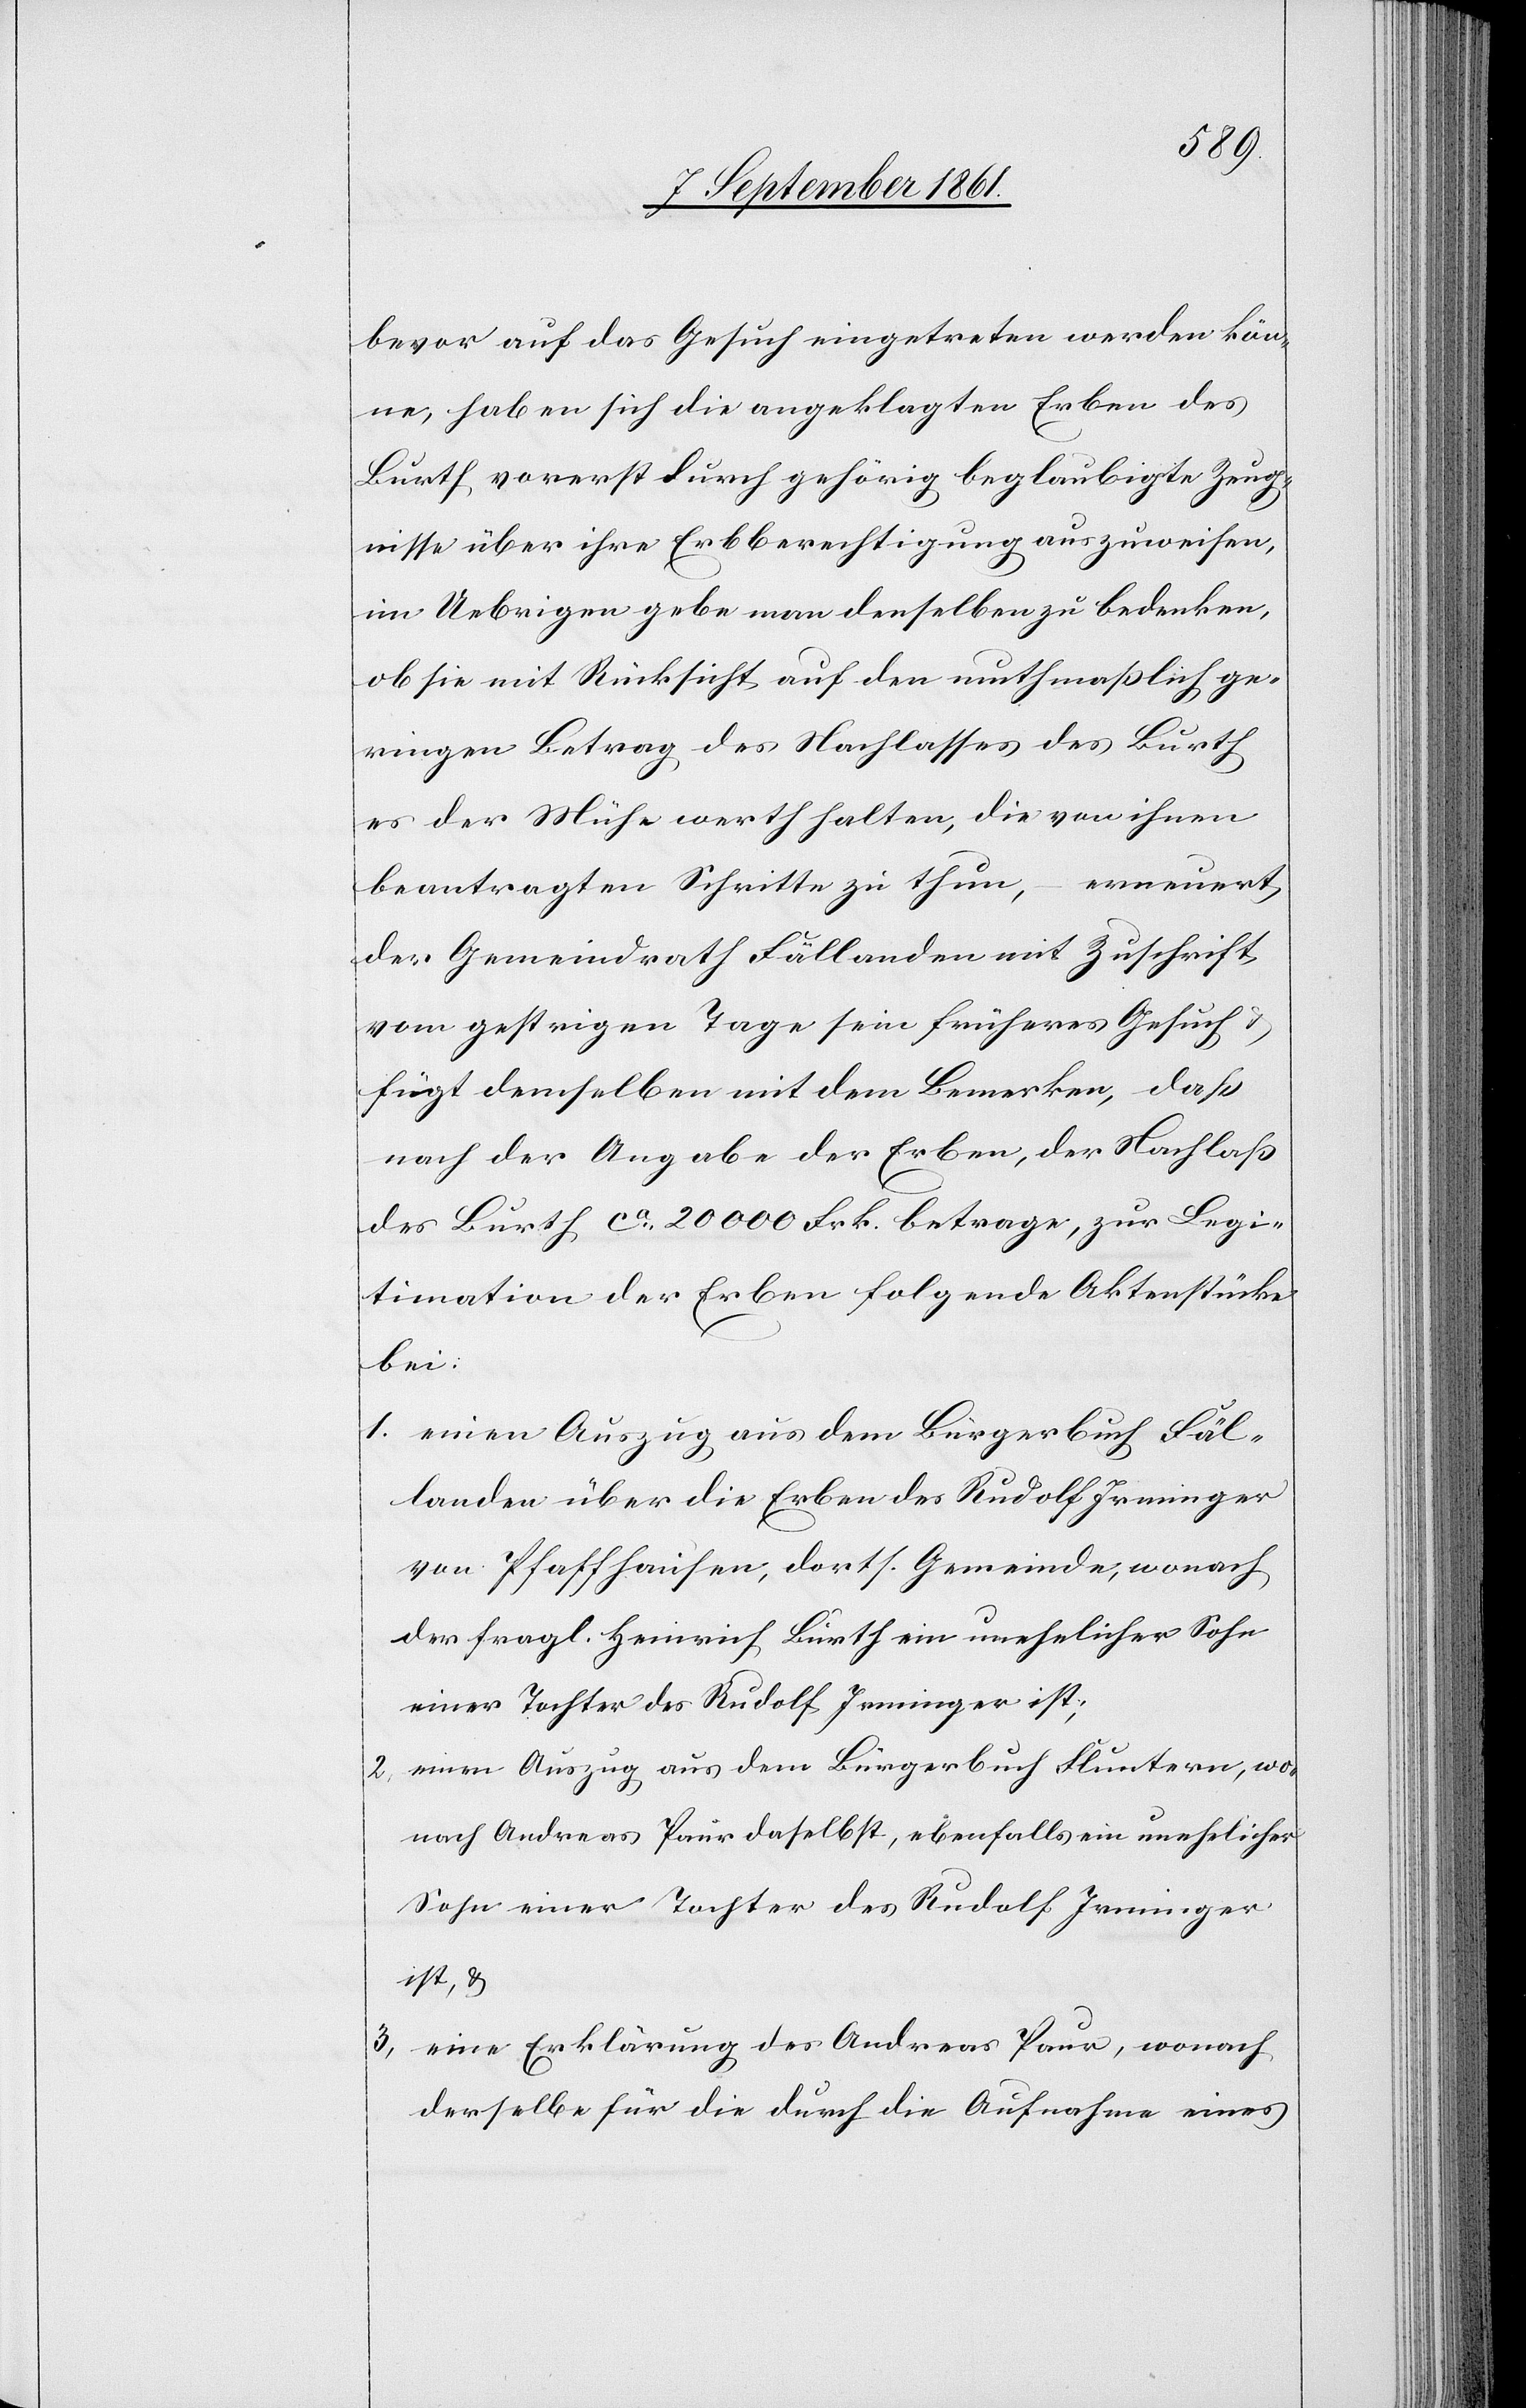
bevor auf das Gesuch eingetreten werden kön¬
ne, haben sich die angeklagten Erben des
Burth, vorerst durch gehörig beglaubigte Zeug¬
nisse über ihre Erbberechtigung auszuweisen,
im Uebrigen gebe man denselben zu bedenken,
ob sie mit Rücksicht auf den muthmaßlich ge¬
ringen Betrag des Nachlasses des Burth
es der Mühe werth halten, die von ihnen
beantragten Schritte zu thun, – erneuert
der Gemeindrath Fällanden mit Zuschrift
vom gestrigen Tage sein früheres Gesuch u.
fügt demselben mit dem Bemerken, daß
nach der Angabe der Erben, der Nachlaß
des Burth ca 20000 Frk. betrage, zur Legi¬
timation der Erben folgende Aktenstücke
bei:
1. einen Auszug aus dem Bürgerbuch Fäl¬
landen über die Erben des Rudolf Irminger
von Pfaffhausen, dorts. Gemeinde, wonach
der fragl. Heinrich Burth ein unehelicher Sohn
einer Tochter des Rudolf Irminger ist;
2. einen Auszug aus dem Bürgerbuch Fluntern, wo¬
nach Andreas Paur daselbst, ebenfalls ein unehelicher
Sohn einer Tochter des Rudolf Irminger
ist, u.
3, eine Erklärung des Andreas Paur, wonach
derselbe für die durch die Aufnahme eines